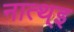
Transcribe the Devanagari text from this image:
नात्थ्इ